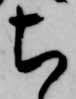
ち